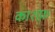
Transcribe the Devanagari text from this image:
काशफ़